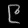
Digit: ၉